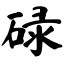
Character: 碌